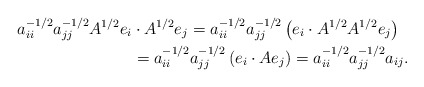
\begin{align*}a_{ii}^{-1/2}a_{jj}^{-1/2}A^{1/2}e_i&\cdot A^{1/2}e_j = a_{ii}^{-1/2}a_{jj}^{-1/2}\left(e_i\cdot A^{1/2}A^{1/2}e_j\right) \\ &= a_{ii}^{-1/2}a_{jj}^{-1/2}\left(e_i\cdot Ae_j\right) = a_{ii}^{-1/2}a_{jj}^{-1/2}a_{ij}.\end{align*}